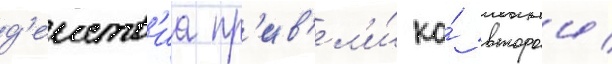
д'еиств'иа пр'ив'ел'и́ ко́ второи